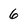
Character: 6